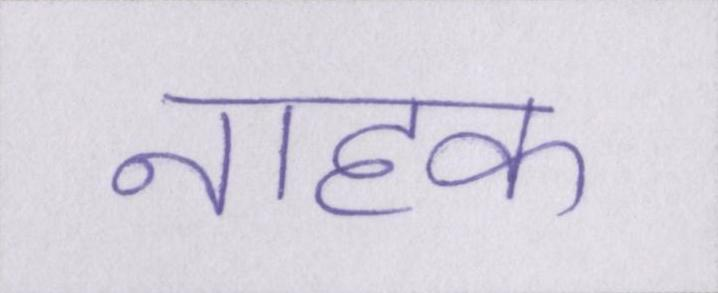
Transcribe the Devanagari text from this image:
नाहक